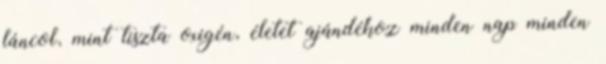
láncol, mint tiszta oxigén, életet ajándékoz minden nap minden